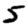
Digit: 5